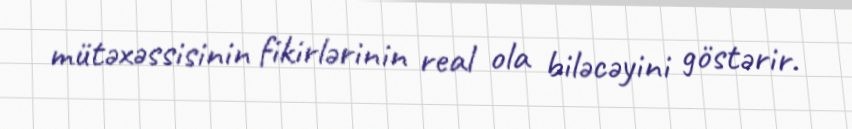
mütəxəssisinin fikirlərinin real ola biləcəyini göstərir.